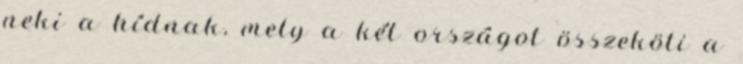
neki a hídnak, mely a két országot összeköti a